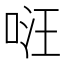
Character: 𠴝